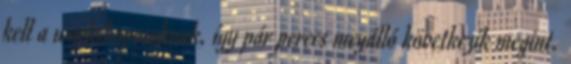
kell a workshoposoknak, így pár perces megálló következik megint.